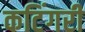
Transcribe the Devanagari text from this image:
कटिंगरी